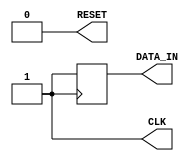
module tester
  (
   output reg DATA_IN,
   output reg RESET,
   output reg CLK
   );
   
   	initial
		begin
			CLK = 0;
			RESET = 0;
			#5 RESET = 1;
			#4 RESET = 0;

		end

	always @(posedge CLK)
		begin

			#2 DATA_IN <= 1;
			#2 DATA_IN <= 1;
			#2 DATA_IN <= 1;
			#2 DATA_IN <= 1;//F
			#2 DATA_IN <= 0;
			#2 DATA_IN <= 1;
			#2 DATA_IN <= 1;
			#2 DATA_IN <= 1;//7

			#2 DATA_IN <= 1;
			#2 DATA_IN <= 0;
			#2 DATA_IN <= 1;
			#2 DATA_IN <= 1; //B
			#2 DATA_IN <= 1;
			#2 DATA_IN <= 1;
			#2 DATA_IN <= 0;
			#2 DATA_IN <= 0; //C


			#2 DATA_IN <= 0;
			#2 DATA_IN <= 0;
			#2 DATA_IN <= 1;
			#2 DATA_IN <= 1;//3
			#2 DATA_IN <= 1;
			#2 DATA_IN <= 1;
			#2 DATA_IN <= 0;
			#2 DATA_IN <= 1;//D

			#2 DATA_IN <= 0;
			#2 DATA_IN <= 0;
			#2 DATA_IN <= 0;
			#2 DATA_IN <= 0;//0
			#2 DATA_IN <= 1;
			#2 DATA_IN <= 1;
			#2 DATA_IN <= 0;
			#2 DATA_IN <= 0;//C

			#2 DATA_IN <= 0;
			#2 DATA_IN <= 1;
			#2 DATA_IN <= 0;
			#2 DATA_IN <= 1;//5
			#2 DATA_IN <= 0;
			#2 DATA_IN <= 1;
			#2 DATA_IN <= 0;
			#2 DATA_IN <= 1;//5
		end

   	always
    	begin
			#1 CLK = ~CLK;
		end

endmodule